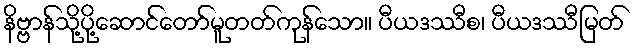
နိဗ္ဗာန်သို့ပို့ဆောင်တော်မူတတ်ကုန်သော။ ပီယဒဿီစ၊ ပီယဒဿီမြတ်